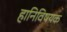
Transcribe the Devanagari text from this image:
हानिविषयक